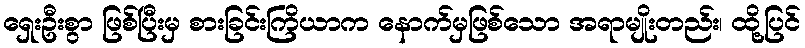
ရှေးဦးစွာ ဖြစ်ပြီးမှ စားခြင်းကြိယာက နောက်မှဖြစ်သော အရာမျိုးတည်း၊ ထို့ပြင်